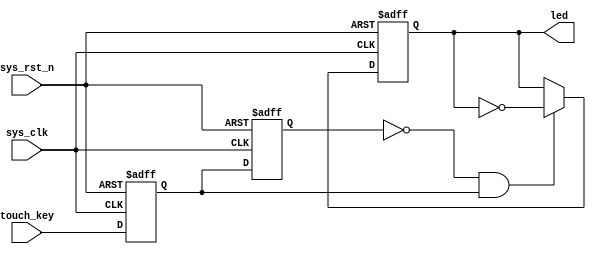
//****************************************Copyright (c)***********************************//
//www.yuanzige.com
//www.openedv.com
//http://openedv.taobao.com 
//""ZYNQ & FPGA & STM32 & LINUX
//
//Copyright(C)  2018-2028
//All rights reserved	                               
//----------------------------------------------------------------------------------------
// File name:           touch_led
// Last modified Date:  201941516:13:09
// Last Version:        V1.0
// Descriptions:        LED
//----------------------------------------------------------------------------------------
// Created by:          
// Created date:        201941516:13:09
// Version:             V1.0
// Descriptions:        The original version
//
//----------------------------------------------------------------------------------------
// Modified by:		    
// Modified date:	    
// Version:			    
// Descriptions:	    
//
//----------------------------------------------------------------------------------------
//****************************************************************************************//

module touch_led(
    //input
    input        sys_clk,      //50Mhz
    input        sys_rst_n,    //
    input        touch_key,    // 
 
    //output
    output  reg  led           //LED
);

//reg define
reg    touch_key_d0;
reg    touch_key_d1;

//wire define
wire   touch_en;

//*****************************************************
//**                    main code
//*****************************************************

//
assign  touch_en = (~touch_key_d1) & touch_key_d0;

//
always @ (posedge sys_clk or negedge sys_rst_n) begin
    if(!sys_rst_n) begin
        touch_key_d0 <= 1'b0;
        touch_key_d1 <= 1'b0;
    end
    else begin
        touch_key_d0 <= touch_key;
        touch_key_d1 <= touch_key_d0;
    end 
end

//led
always @ (posedge sys_clk or negedge sys_rst_n) begin
    if (!sys_rst_n)
        led <= 1'b1;       //,LED
    else begin 
        if (touch_en)
            led <= ~led;
    end
end

endmodule